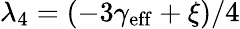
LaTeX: \lambda_{4}=(-3\gamma_{\mathrm{eff}}+\xi)/4